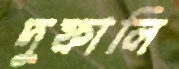
দুফালি